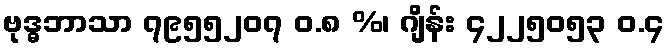
ဗုဒ္ဓဘာသာ ၇၉၅၅၂၀၇ ဝ.၈ %၊ ဂျိန်း ၄၂၂၅၀၅၃ ဝ.၄